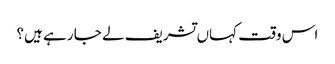
اس وقت کہاں تشریف لے جا رہے ہیں؟